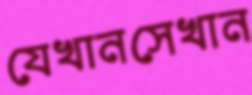
যেখানসেখান